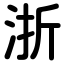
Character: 浙